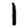
Digit: 1